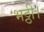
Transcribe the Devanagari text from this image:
भट्ठी।